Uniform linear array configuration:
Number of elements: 8
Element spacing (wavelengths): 1
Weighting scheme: exponential
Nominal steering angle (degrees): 0
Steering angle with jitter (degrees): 0.7301
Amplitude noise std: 0.05
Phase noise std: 0.05

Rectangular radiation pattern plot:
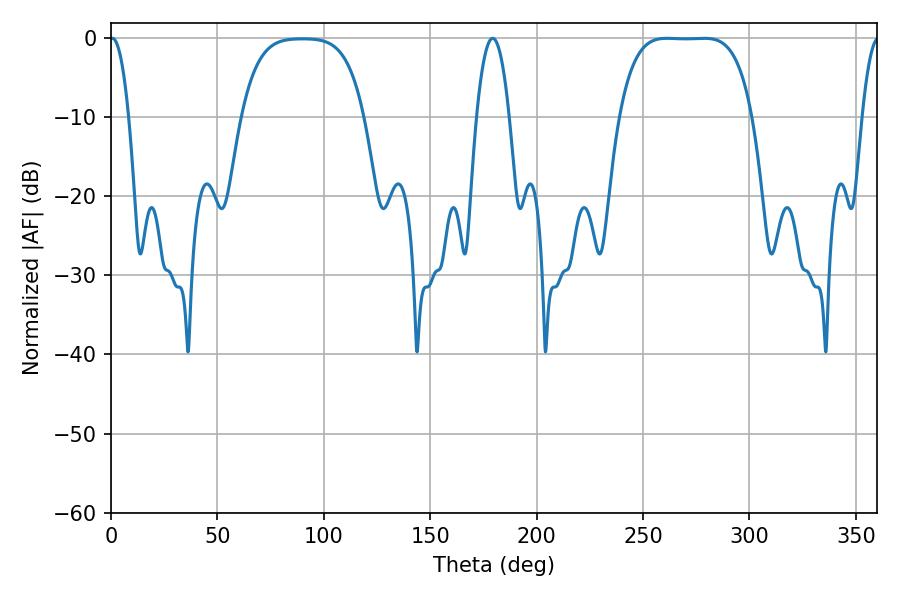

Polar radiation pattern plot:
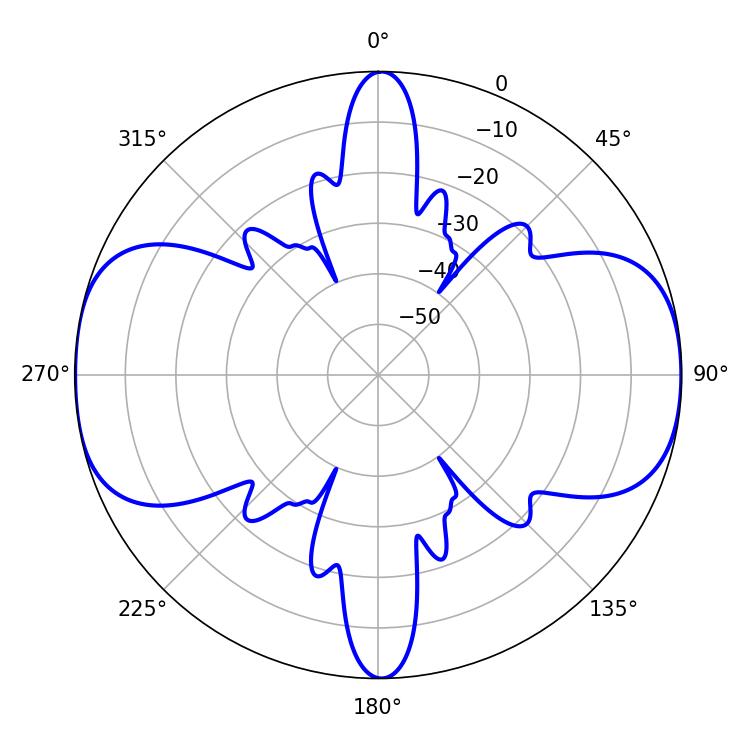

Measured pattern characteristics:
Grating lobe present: TRUE
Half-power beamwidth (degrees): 47.88
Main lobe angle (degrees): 261.36